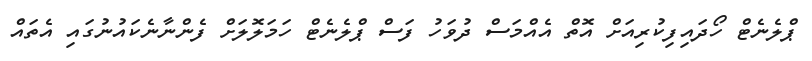
ޕްލެނެޓް ހޯދައިފިކުރިއަށް އޮތް އެއްމަސް ދުވަހު ފަސް ޕްލެނެޓް ހަމަލޮލަށް ފެންނާނެކައުނުގައި އެތައް